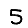
Digit: 5